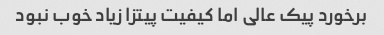
برخورد پیک عالی اما کیفیت پیتزا زیاد خوب نبود